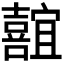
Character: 𪢢